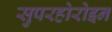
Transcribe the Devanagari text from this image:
सुपरहोरोइन